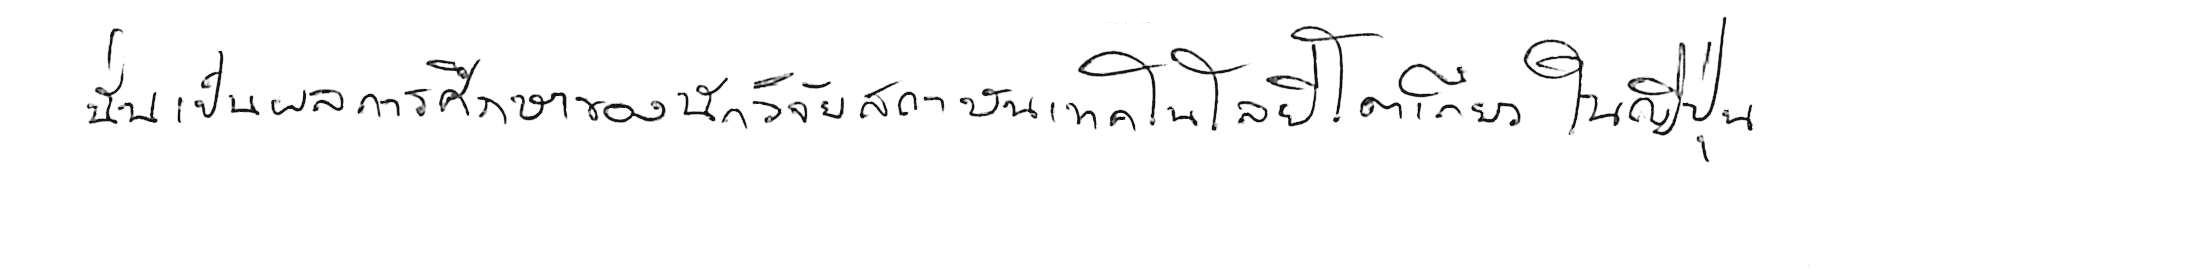
นั่นเป็นผลการศึกษาของนักวิจัยสถาบันเทคโนโลยีโตเกียว ในญี่ปุ่น